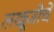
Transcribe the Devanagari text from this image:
लखूजीचे